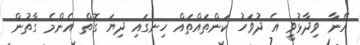
އޭނާ ވިދާޅުވީ އެ ދުވަހު ކަންތައްތައް ހިނގައި ދިޔަ ގޮތް އެންމެ ގާތުން